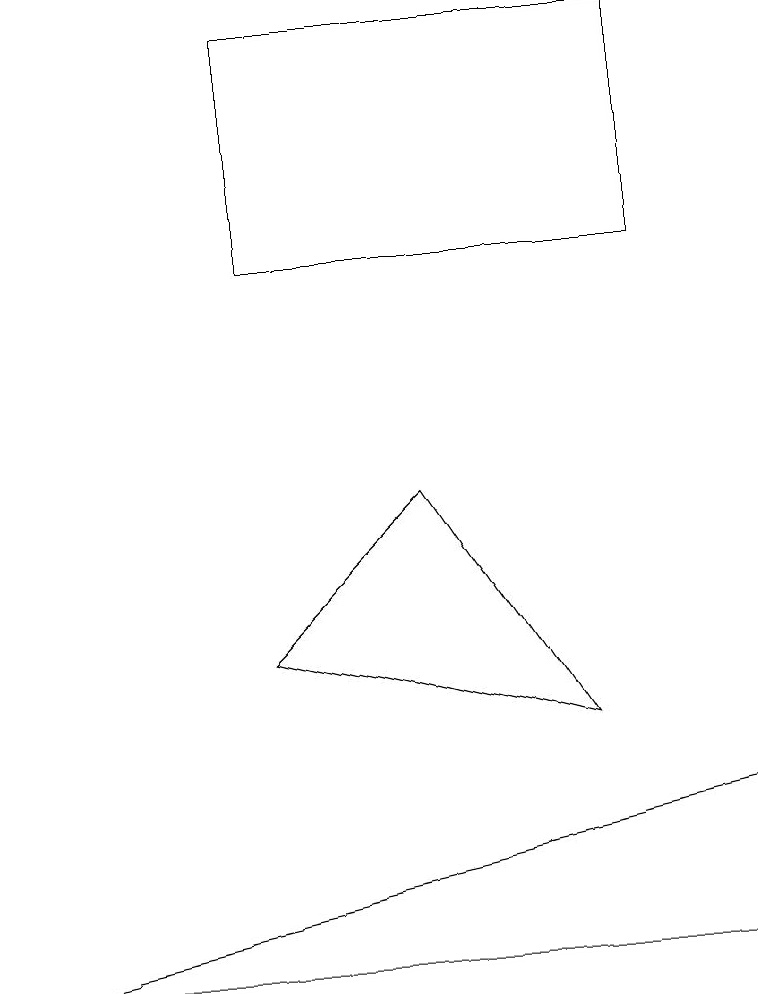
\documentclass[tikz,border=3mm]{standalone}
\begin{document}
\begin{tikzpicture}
\draw (8,11) rectangle (3,14);
\draw (3,6) -- (5,8) -- (7,5) -- cycle;
\draw (0,2) -- (9,4) -- (9,2) -- cycle;
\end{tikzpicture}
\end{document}